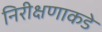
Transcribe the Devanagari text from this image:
निरीक्षणाकडे